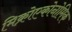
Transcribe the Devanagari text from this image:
मिक्रोएकोनोमिक